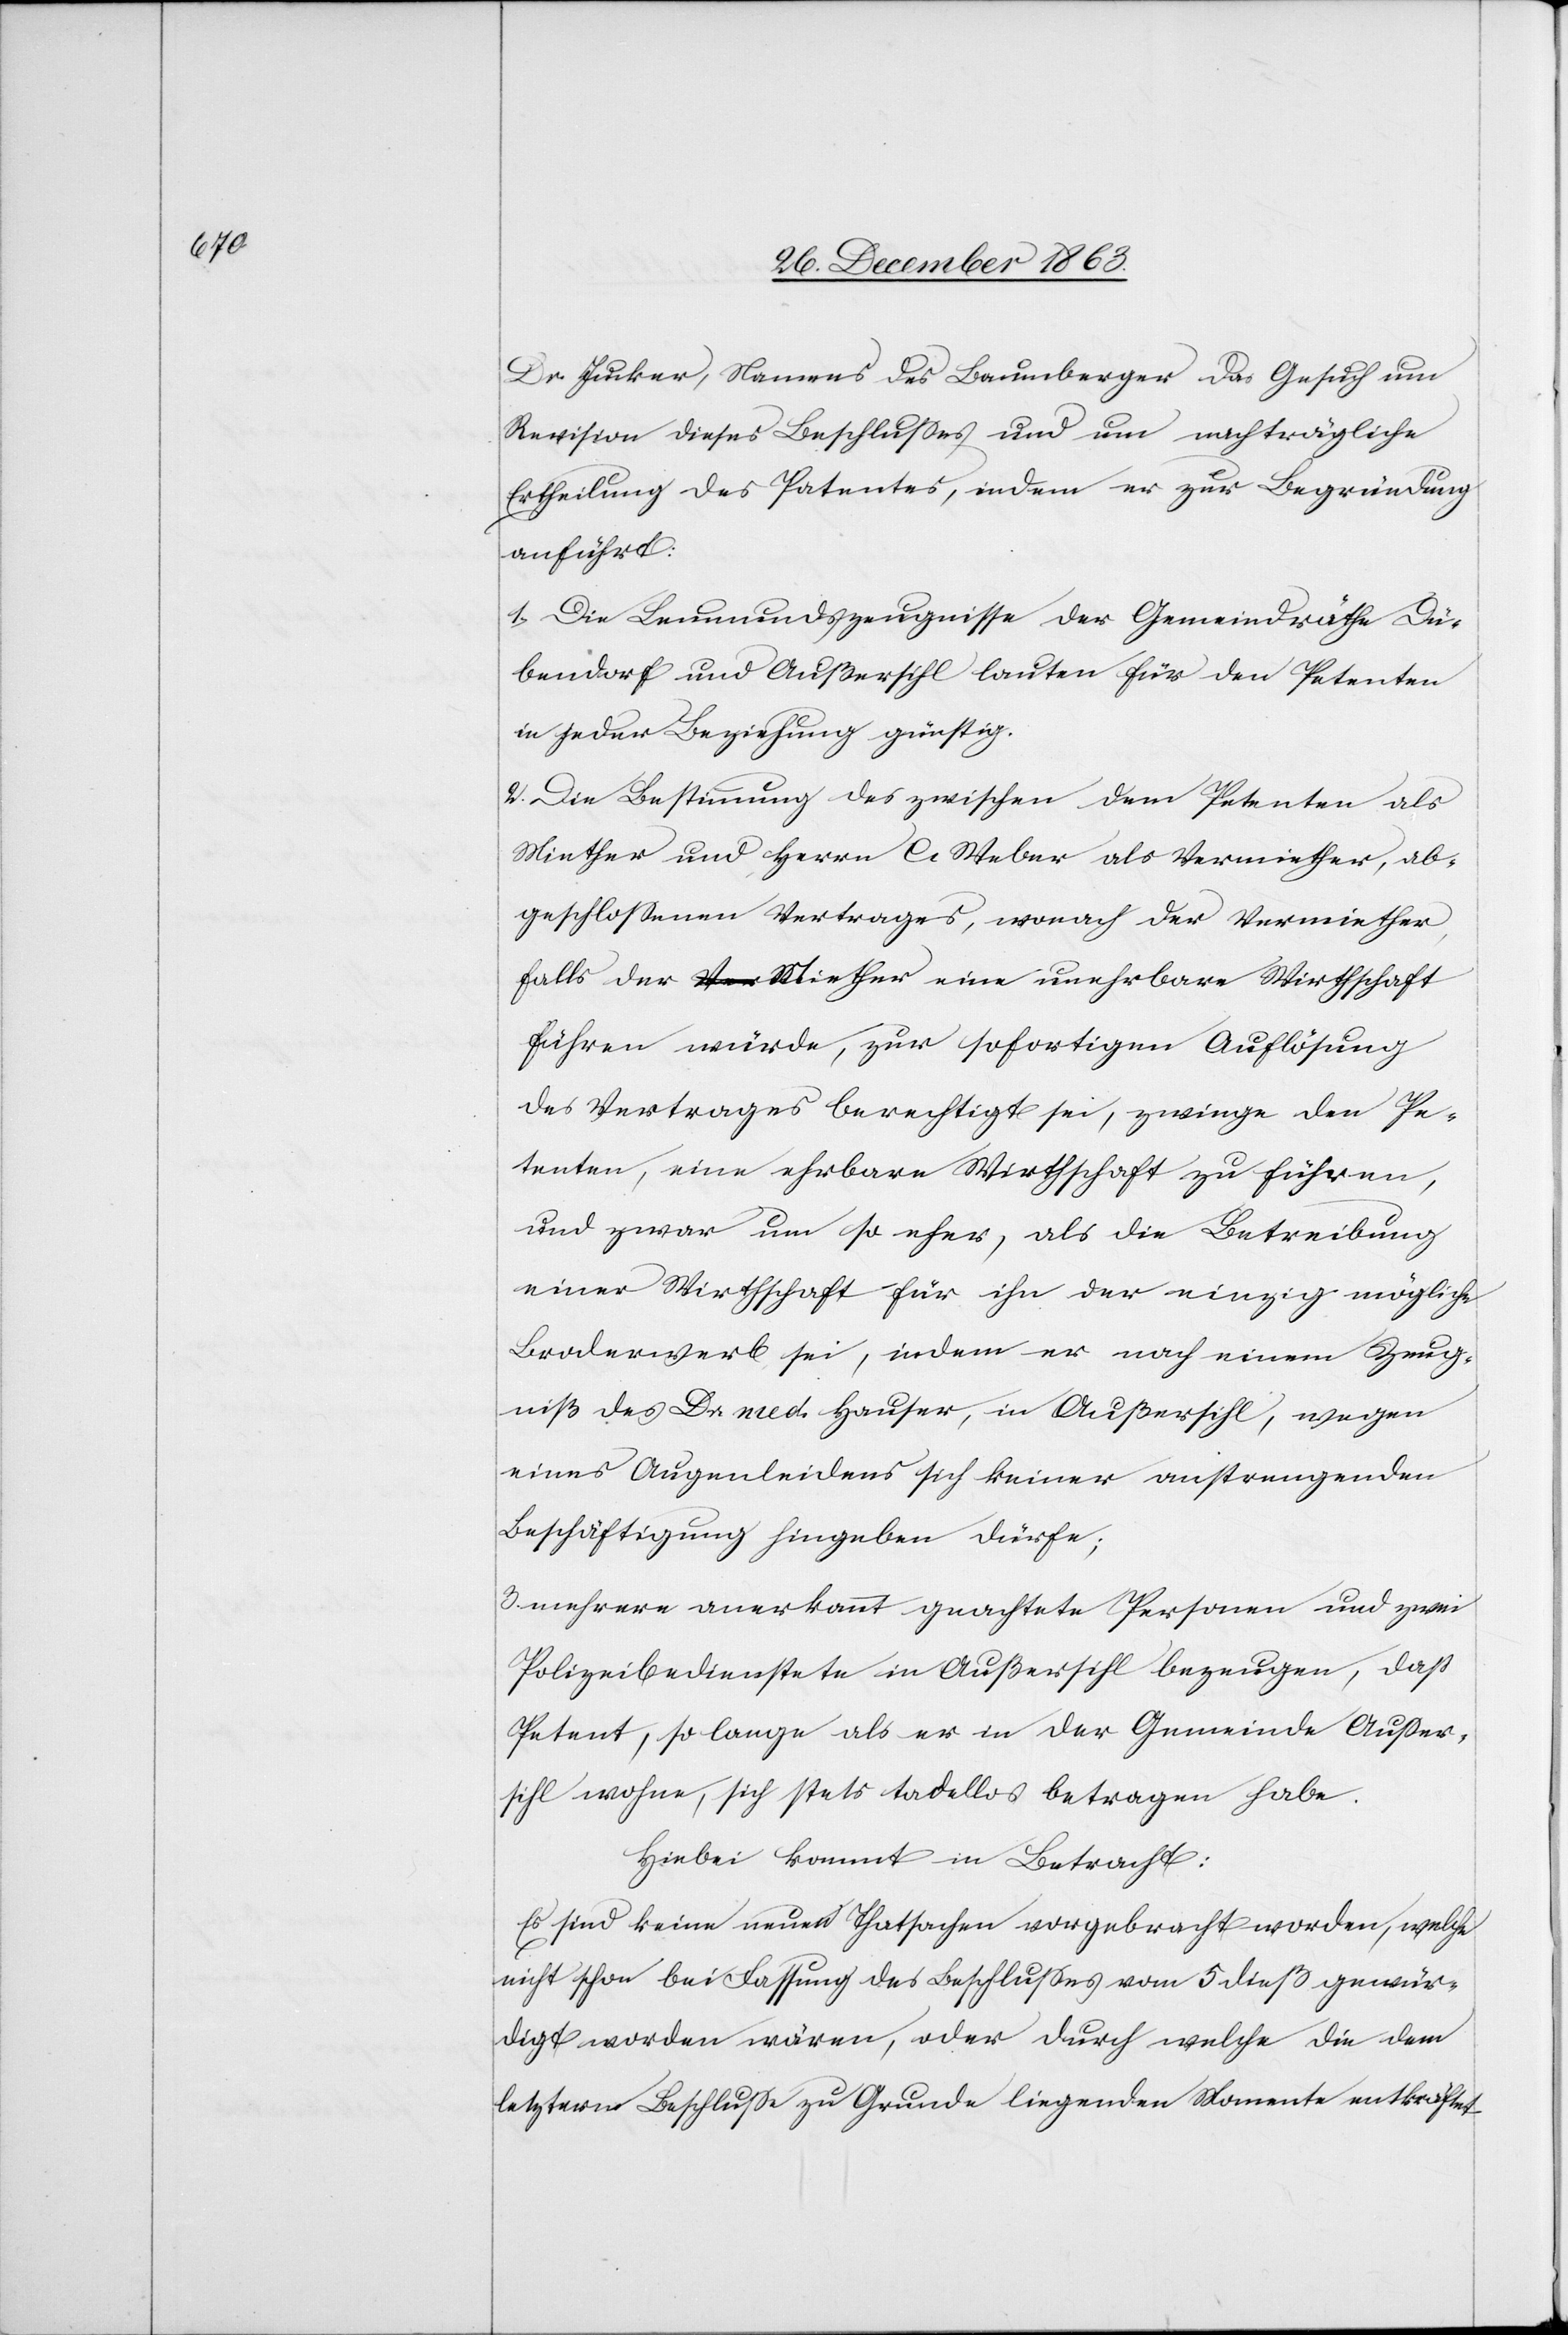
Dr. Jucker, namens des Baumberger das Gesuch um
Revision dieses Beschlusses und um nachträgliche
Ertheilung des Patentes, indem er zur Begründung
anführt:
1. Die Leumundszeugnisse der Gemeindräthe Dü¬
bendorf und Außersihl lauten für den Petenten
in jeder Beziehung günstig.
2. Die Bestimmung des zwischen dem Petenten als
Miether und Herrn C. Weber als Vermiether, ab¬
geschlossenen Vertrages, wonach der Vermiether,
falls der Miether eine unehrbare Wirthschaft
führen würde, zur sofortigen Auflösung
des Vertrages berechtigt sei, zwinge den Pe¬
tenten, eine ehrbare Wirthschaft zu führen,
und zwar um so eher, als die Betreibung
einer Wirthschaft für ihn der einzig mögliche
Broderwerb sei, indem er nach einem Zeug¬
niß des Dr. med. Hauser, in Außersihl, wegen
eines Augenleidens sich keiner anstrengenden
Beschäftigung hingeben dürfe;
3. mehrere anerkannt geachtete Personen und zwei
Polizeibedienstete in Außersihl bezeugen, daß
Petent, so lange als er in der Gemeinde Ausser¬
sihl wohne, sich stets tadellos betragen habe.
Hiebei kommt in Betracht:
Es sind keine neuen Thatsachen vorgebracht worden, welche
nicht schon bei Fassung des Beschlusses vom 5 dieß gewür¬
digt worden wären, oder durch welche die dem
letztern Beschlusse zu Grunde liegenden Momente entkräftet